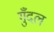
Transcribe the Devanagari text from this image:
गुँदल